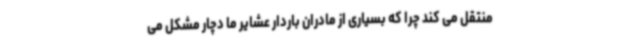
منتقل می کند چرا که بسیاری از مادران باردار عشایر ما دچار مشکل می